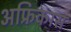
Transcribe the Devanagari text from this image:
अफ्रिकास